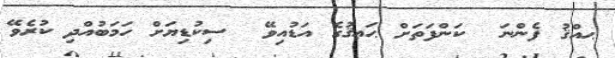
ޙއްޤު ފެންނަ  ކަންފަތަށް ޙަޢޤުގެ އަޑުއިވޭ  ސިކުޑިޔަށް ހަމަބުއްދި ކުރެވޭ